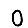
Digit: 0